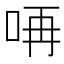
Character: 𠱻